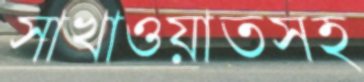
সাখাওয়াতসহ